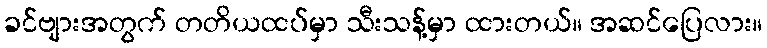
ခင်ဗျားအတွက် တတိယထပ်မှာ သီးသန့်မှာ ထားတယ်။ အဆင်ပြေလား။